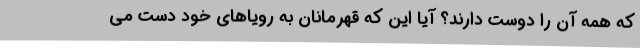
که همه آن را دوست دارند؟ آیا این که قهرمانان به رویاهای خود دست می